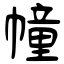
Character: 幢